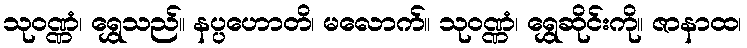
သုဝဏ္ဏံ၊ ရွှေသည်။ နပ္ပဟောတိ၊ မလောက်။ သုဝဏ္ဏံ၊ ရွှေဆိုင်းကို။ ဇာနာထ၊